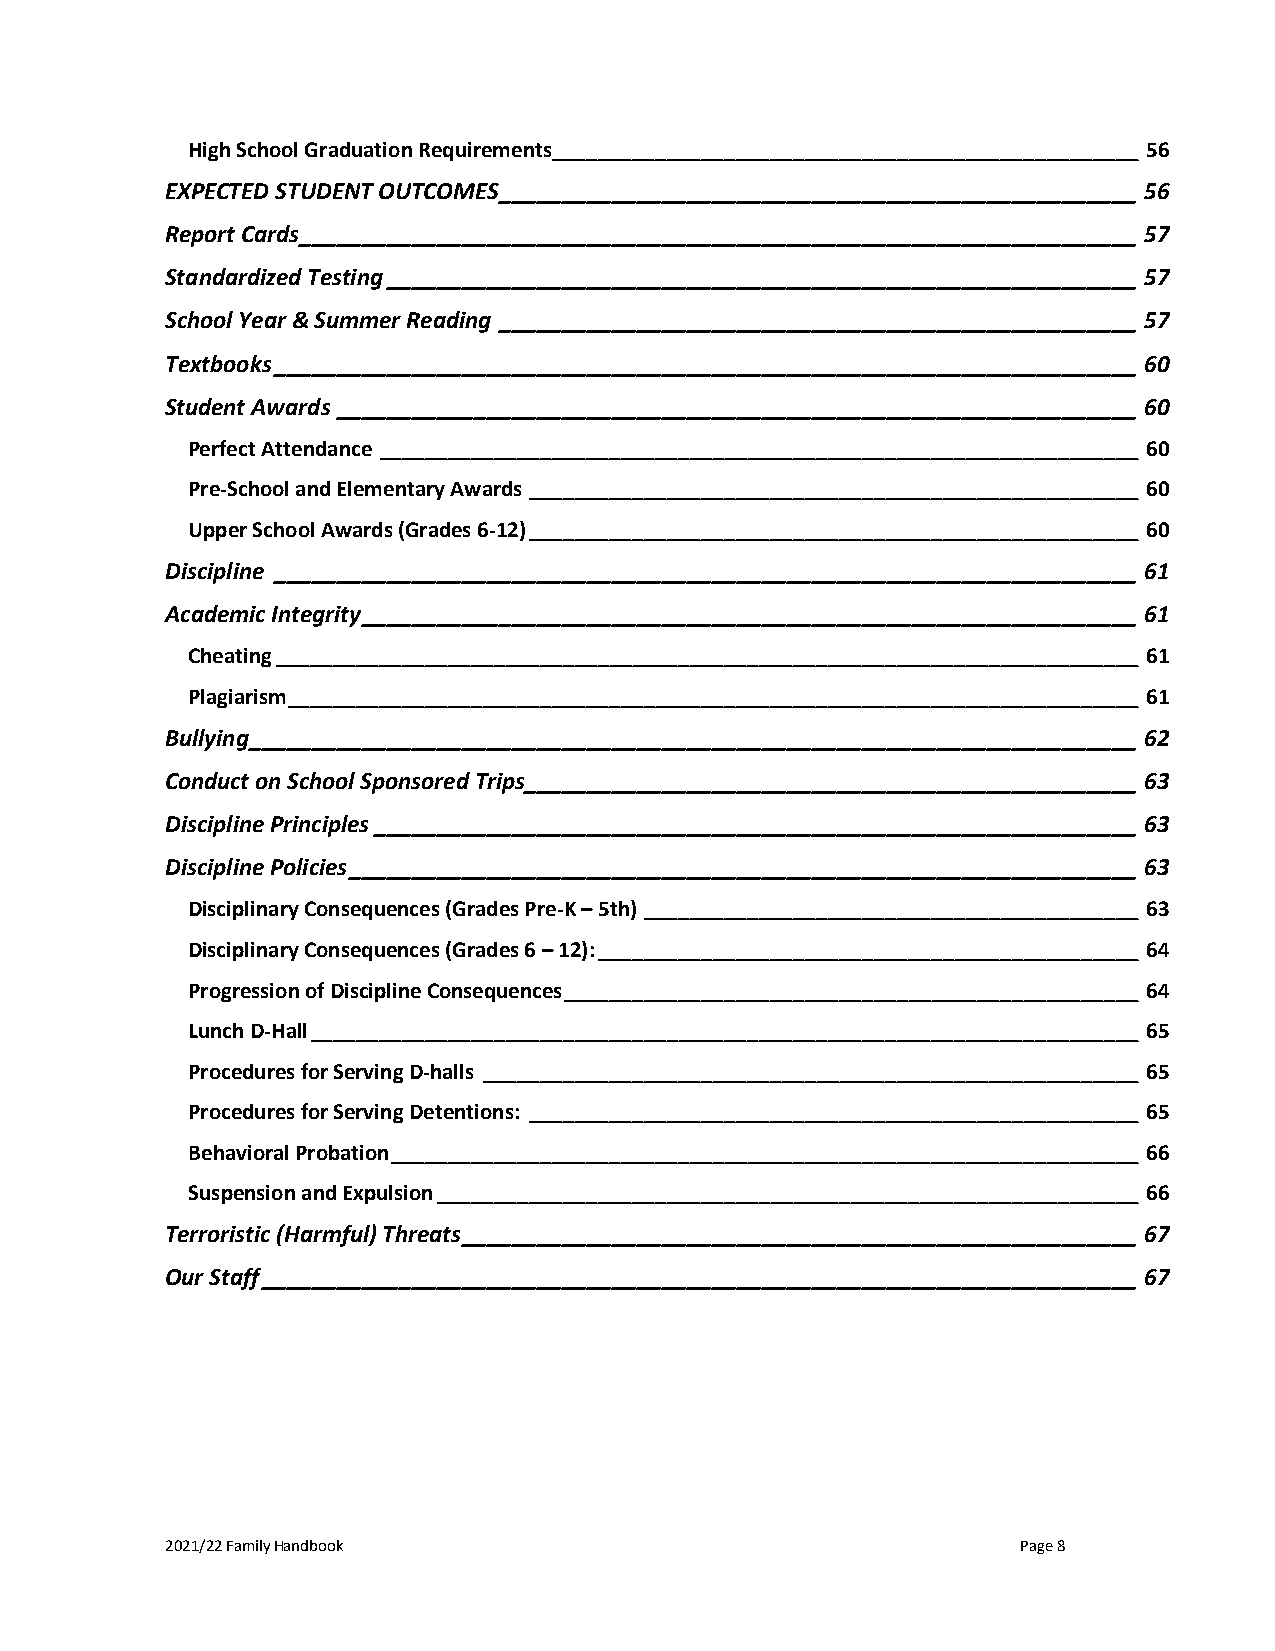
High School Graduation Requirements___________________________________________________ 56
 EXPECTED STUDENT OUTCOMES ___________________________________________________ 56
 Report Cards ___________________________________________________________________ 57
 Standardized Testing ____________________________________________________________ 57
 School Year & Summer Reading ___________________________________________________ 57
 Textbooks _____________________________________________________________________ 60
 Student Awards ________________________________________________________________ 60
 Perfect Attendance __________________________________________________________________ 60
 Pre-School and Elementary Awards _____________________________________________________ 60
 Upper School Awards (Grades 6-12) _____________________________________________________ 60
 Discipline _____________________________________________________________________ 61
 Academic Integrity ______________________________________________________________ 61
 Cheating ___________________________________________________________________________ 61
 Plagiarism __________________________________________________________________________ 61
 Bullying _______________________________________________________________________ 62
 Conduct on School Sponsored Trips_________________________________________________ 63
 Discipline Principles _____________________________________________________________ 63
 Discipline Policies _______________________________________________________________ 63
 Disciplinary Consequences (Grades Pre-K – 5th) ___________________________________________ 63
 Disciplinary Consequences (Grades 6 – 12): _______________________________________________ 64
 Progression of Discipline Consequences __________________________________________________ 64
 Lunch D-Hall ________________________________________________________________________ 65
 Procedures for Serving D-halls _________________________________________________________ 65
 Procedures for Serving Detentions: _____________________________________________________ 65
 Behavioral Probation _________________________________________________________________ 66
 Suspension and Expulsion _____________________________________________________________ 66
 Terroristic (Harmful) Threats ______________________________________________________ 67
 Our Staff ______________________________________________________________________ 67
 2021/22 Family Handbook                                  Page 8